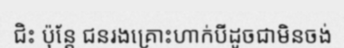
ជិះ ប៉ុន្តែ ជនរងគ្រោះហាក់បីដូចជាមិនចង់